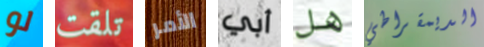
لو تلقت الأمر أبي هل الديمقراطي